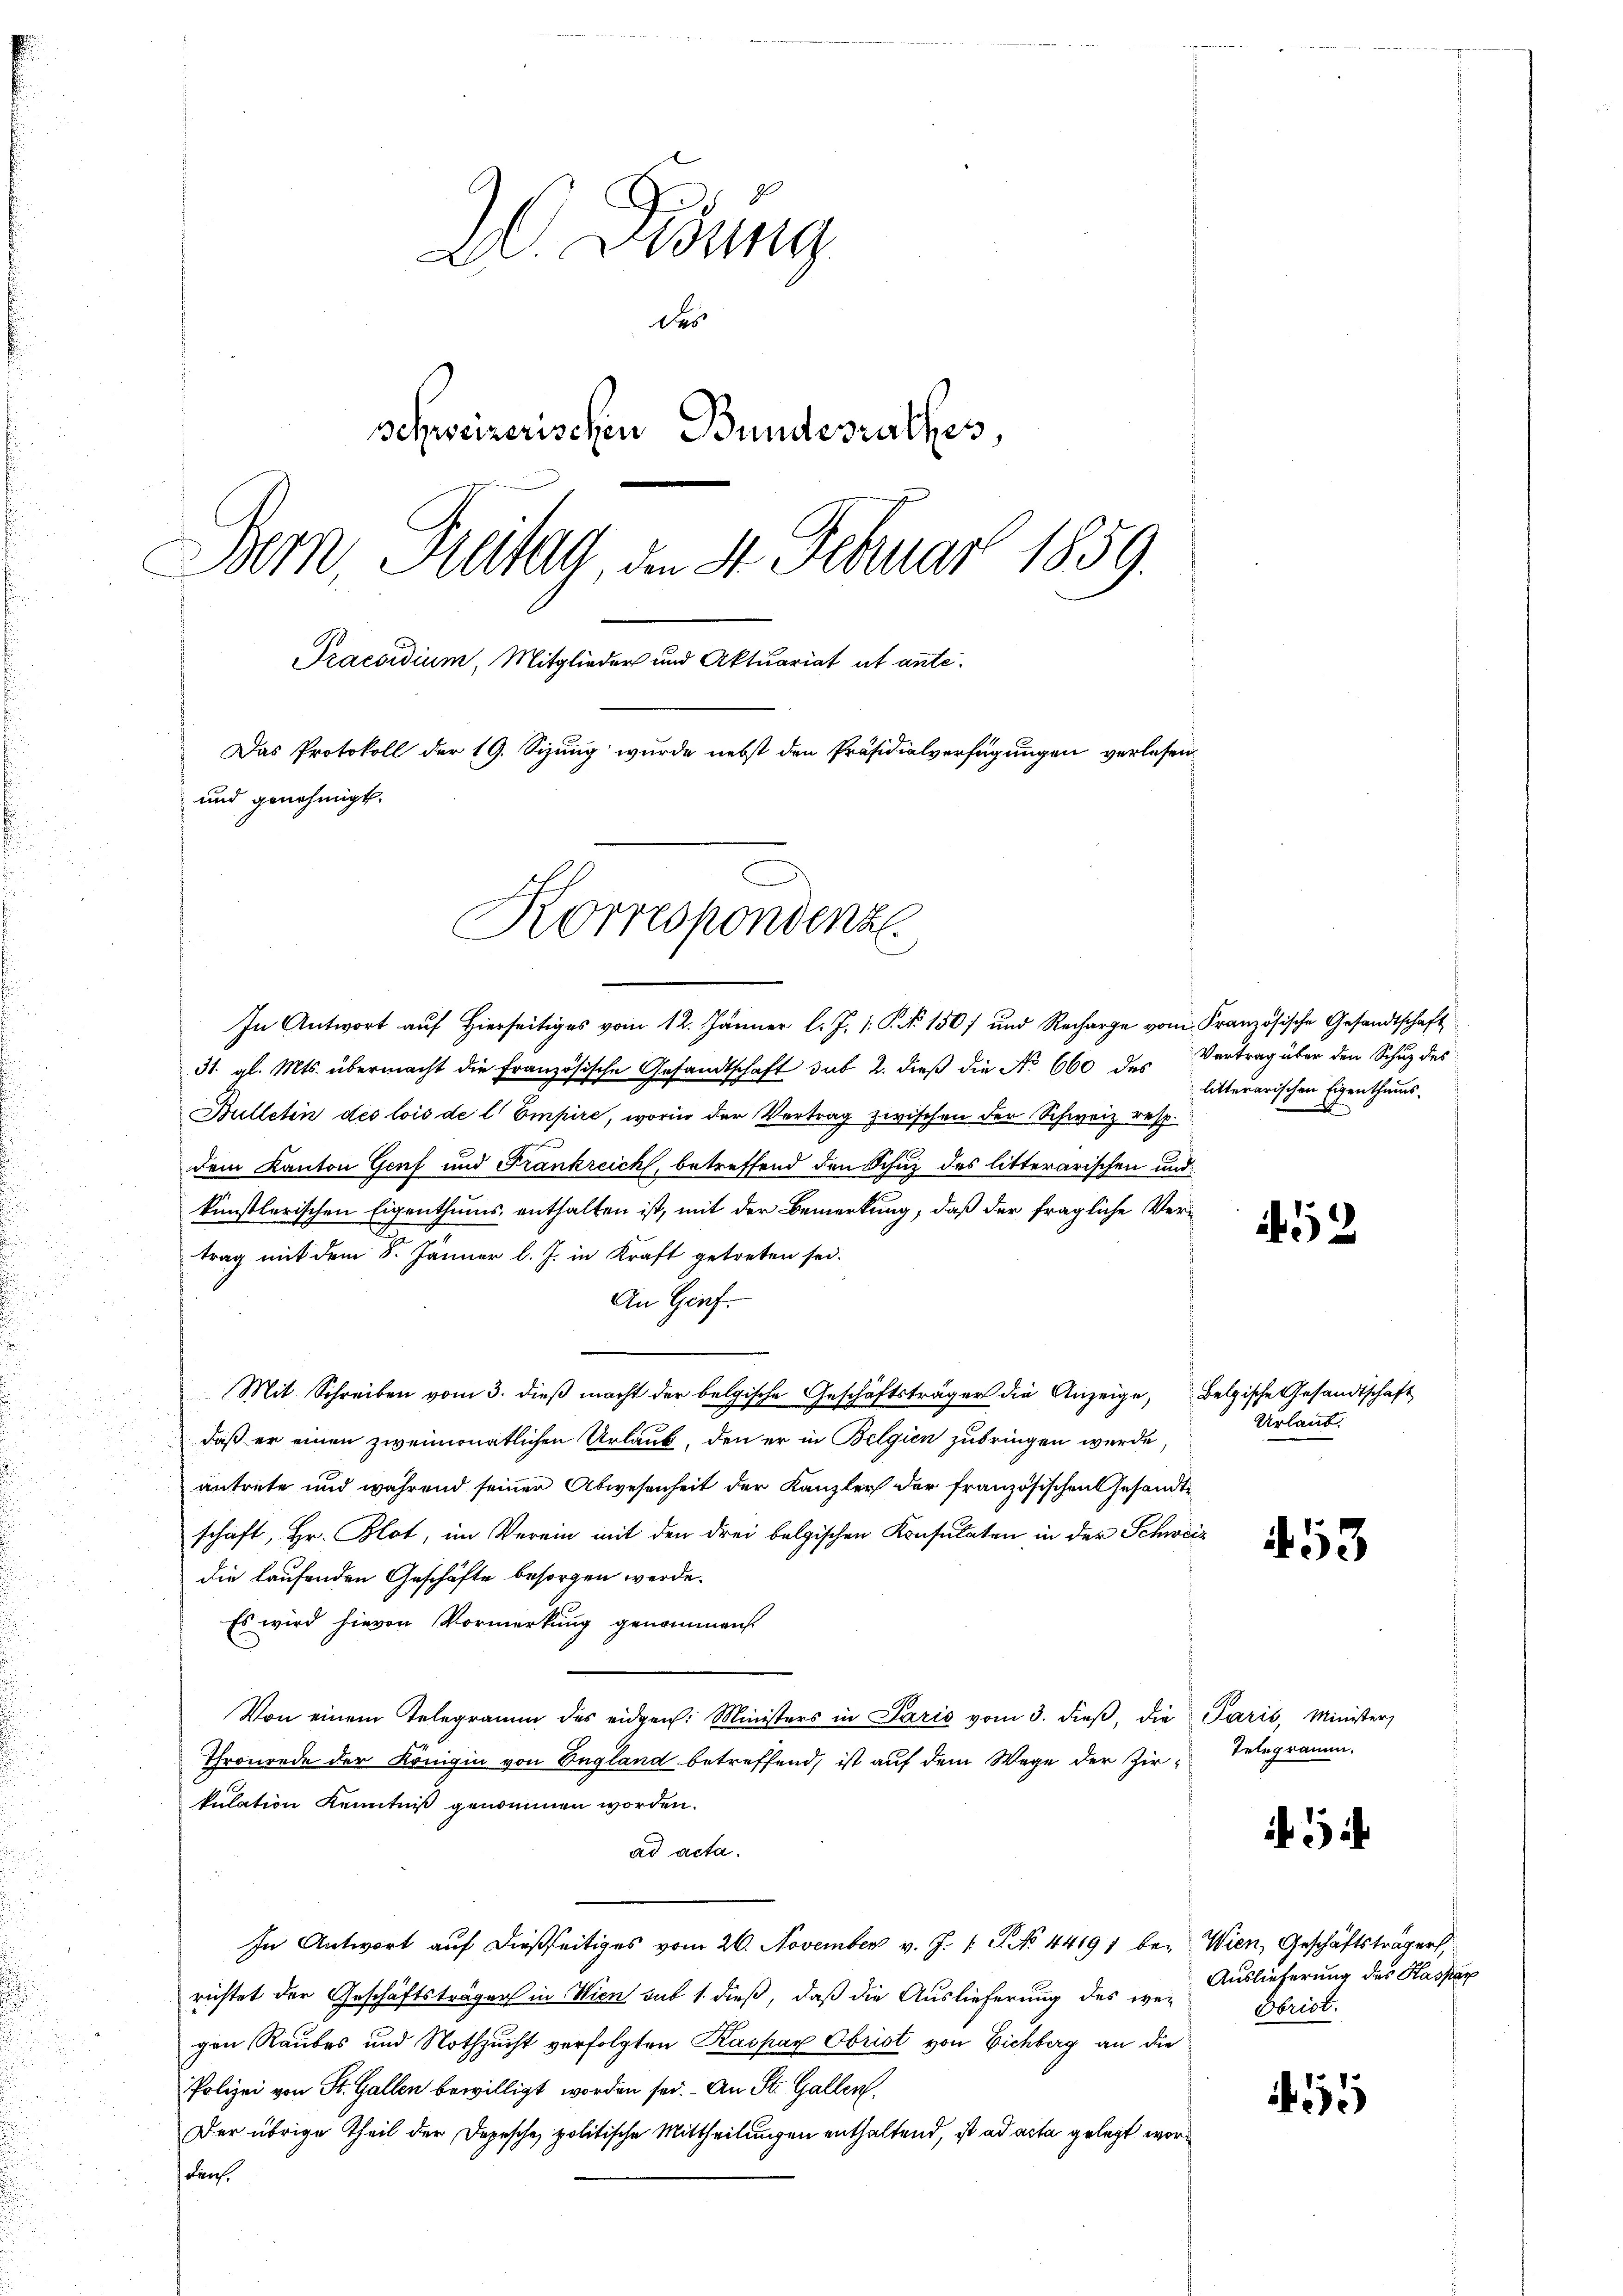
I. Didung
des
schweizerischen Bundesrathes,
Bern, Freitag, am 4. Februar 1859.
Praesidium, Mitglieder und Aktuariat ut ante¬
Das Protokoll der 19. Sizung wurde nebst den Präsidialverfügungen verlesen
und genehmigt.
Korrespondenz

In Antwort auf hierseits vom 12. Jänner l. J. P. Nr. 150) und Recharge vom Französische Gesandtschaft
31. gl. Mts. übermacht die französische Gesandtschaft sub 2. dieß die No 660 des Vertrag über den Schuz des
Bulletin des lois de l. Empire, worin der Vertrag zwischen der Schweiz resp.
dem Kanton Genf und Frankreich, betreffend den Schuz des litterarischen und
künstlerischen Eigenthums, enthalten ist, mit der Bemerkung, daß der fragliche Vertrag mit dem 8. Jänner l. J. in Kraft getreten sei.
An Genf.
Mit Schreiben vom 3. dieß macht der belgische Geschäftsträger die Anzeige, Belgische Gesandtschaft
daß er einen zweimonatlichen Urlaub, den er in Belgien zubringen werde,
antrete und während seiner Abwesenheit der Kanzler der französischen Gesandte
schaft, Hr. Blot, im Verein mit den drei belgischen Konsulaten in der Schweiz
die laufenden Geschäfte besorgen werde.
Es wird hievon Vormerkung genommen.
Von einem Telegramm des eidgen. Ministers in Paris vom 3. dieβ, die Paris, Minister,
Thronrade der Königin von England betreffend, ist auf dem Wege der Zir-Telegramm-
kulation Kenntniß genommen worden.
ad acta.
In Antwort auf dießseitiges vom 26. November v. J. G. No. 44197 bei Wien, Geschäftsträgers,
richtet der Geschäftsträger in Wien sub 1. dieß, daß die Auslieferung des wei
gen Raubes und Nothzucht verfolgten Kaspar Obrist von Eichberg an die
Polizei von St. Gallen bewilligt worden sei. An St. Gallen,
Der übrige Theil der Depesche politische Mittheilungen enthaltend, ist ad acta gelegt wor¬
Fans.

litterarischen Eigenthums.

452

Urlaut:

453

1

Auslieferung des Kaspar
Obrist.

455